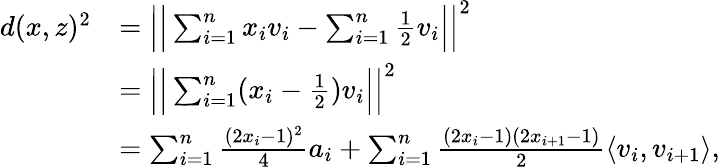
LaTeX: \begin{array}{rl}{d(x,z)^{2}}&{=\Big|\Big|\sum_{i=1}^{n}x_{i}v_{i}-\sum_{i=1}^{n}\frac{1}{2}v_{i}\Big|\Big|^{2}}\\ &{=\Big|\Big|\sum_{i=1}^{n}(x_{i}-\frac{1}{2})v_{i}\Big|\Big|^{2}}\\ &{=\sum_{i=1}^{n}\frac{(2x_{i}-1)^{2}}{4}a_{i}+\sum_{i=1}^{n}\frac{(2x_{i}-1)(2x_{i+1}-1)}{2}\langle v_{i},v_{i+1}\rangle,}\end{array}